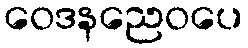
ဝေဒနညေဝပေ